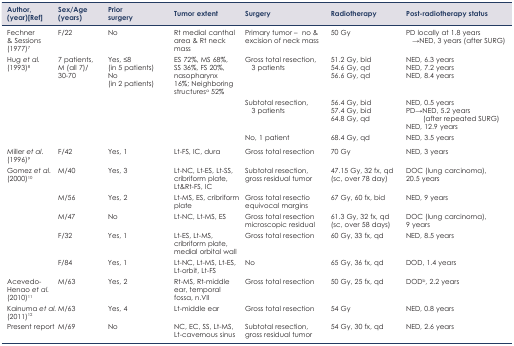
<table><thead><tr><td><b>Author, (year)[Ref]</b></td><td><b>Sex/Age (years)</b></td><td><b>Prior surgery</b></td><td><b>Tumor extent</b></td><td><b>Surgery</b></td><td><b>Radiotherapy</b></td><td><b>Post-radiotherapy status</b></td></tr></thead><tbody><tr><td>Fechner &amp; Sessions (1977)7</td><td>F/22</td><td>No</td><td>Rt medial canthal area &amp; Rt neck mass</td><td>Primary tumor – no &amp; excision of neck mass</td><td>50 Gy</td><td>PD locally at 1.8 years →NED, 3 years (after SURG)</td></tr><tr><td rowspan="3">Hug <i>et al.</i> (1993)8</td><td rowspan="3">7 patients, M (all 7)/30–70</td><td rowspan="3">Yes, ≤8 (in 5 patients)No (in 2 patients)</td><td rowspan="3">ES 72%, MS 68%, SS 36%, FS 20%, nasopharynx 16%; Neighboring structures<sup>a</sup> 52%</td><td>Gross total resection, 3 patients</td><td>51.2 Gy, bid54.6 Gy, qd56.6 Gy, qd</td><td>NED, 6.3 yearsNED, 7.2 yearsNED, 8.4 years</td></tr><tr><td>Subtotal resection, 3 patients</td><td>56.4 Gy, bid57.4 Gy, bid64.8 Gy, qd</td><td>NED, 0.5 yearsPD→NED, 5.2 years (after repeated SURG)NED, 12.9 years</td></tr><tr><td>No, 1 patient</td><td>68.4 Gy, qd</td><td>NED, 3.5 years</td></tr><tr><td>Miller <i>et al.</i> (1996)9</td><td>F/42</td><td>Yes, 1</td><td>Lt-FS, IC, dura</td><td>Gross total resection</td><td>70 Gy</td><td>NED, 3 years</td></tr><tr><td rowspan="5">Gomez <i>et al.</i> (2000)10</td><td>M/40</td><td>Yes, 3</td><td>Lt-NC, Lt-ES, Lt-SS, cribriform plate, Lt&amp;Rt-FS, IC</td><td>Subtotal resection, gross residual tumor</td><td>47.15 Gy, 32 fx, qd (sc, over 78 day)</td><td>DOC (lung carcinoma), 20.5 years</td></tr><tr><td>M/56</td><td>Yes, 2</td><td>Lt-MS, ES, cribriform plate</td><td>Gross total resectio equivocal margins</td><td>67 Gy, 60 fx, bid</td><td>NED, 9 years</td></tr><tr><td>M/47</td><td>No</td><td>Lt-NC, Lt-MS, ES</td><td>Gross total resection microscopic residual</td><td>61.3 Gy, 32 fx, qd (sc, over 58 days)</td><td>DOC (lung carcinoma), 9 years</td></tr><tr><td>F/32</td><td>Yes, 1</td><td>Lt-ES, Lt-MS, cribriform plate, medial orbital wall</td><td>Gross total resection</td><td>60 Gy, 33 fx, qd</td><td>NED, 8.5 years</td></tr><tr><td>F/84</td><td>Yes, 1</td><td>Lt-NC, Lt-MS, Lt-ES, Lt-orbit, Lt-FS</td><td>No</td><td>65 Gy, 36 fx, qd</td><td>DOD, 1.4 years</td></tr><tr><td>Acevedo-Henao <i>et al.</i> (2010)11</td><td>M/63</td><td>Yes, 2</td><td>Rt-MS, Rt-middle ear, temporal fossa, n.VII</td><td>Gross total resection</td><td>50 Gy, 25 fx, qd</td><td>DOD<sup>b</sup>, 2.2 years</td></tr><tr><td>Kainuma <i>et al.</i> (2011)12</td><td>M/63</td><td>Yes, 4</td><td>Lt-middle ear</td><td>Gross total resection</td><td>54 Gy</td><td>NED, 0.8 years</td></tr><tr><td>Present report</td><td>M/69</td><td>No</td><td>NC, EC, SS, Lt-MS, Lt-cavernous sinus</td><td>Subtotal resection, gross residual tumor</td><td>54 Gy, 30 fx, qd</td><td>NED, 2.6 years</td></tr></tbody></table>